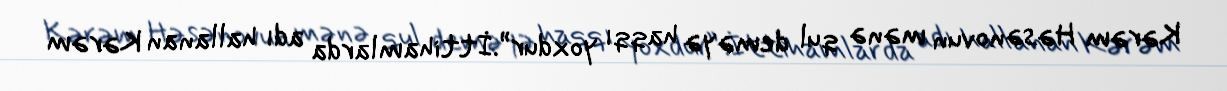
Kərəm Həsənovun mənə qul deməyə haqqı yoxdur”.İttihamlarda adı hallanan Kərəm